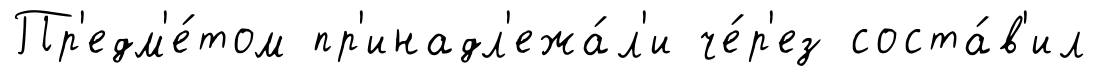
Пр'едм'е́том пр'инадл'ежа́л'и че́р'ез соста́в'ил